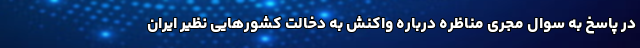
در پاسخ به سوال مجری مناظره درباره واکنش به دخالت کشورهایی نظیر ایران